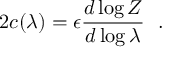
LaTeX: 2 c ( \lambda ) = \epsilon { \frac { d \log Z } { d \log \lambda } } ~ ~ .